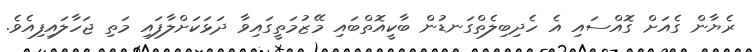
ރެޔާން ގެއަށް ގޮއްސައި އެ ހެދިބިލެތްގަނޑުން ބާކީއޮތްބައި މޭޒުމަތީގައިވާ ދަޅަކަށްލާފައި މަތި ޖަހާލައިފިއެވެ.